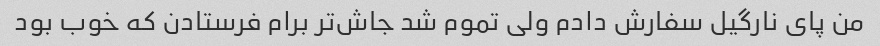
من پای نارگیل سفارش دادم ولی تموم شد جاش‌تر برام فرستادن که خوب بود